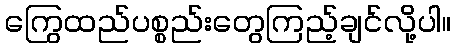
ကြွေထည်ပစ္စည်းတွေကြည့်ချင်လို့ပါ။